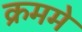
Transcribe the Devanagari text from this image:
क्रममे